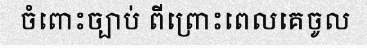
ចំពោះច្បាប់ ពីព្រោះពេលគេចូល